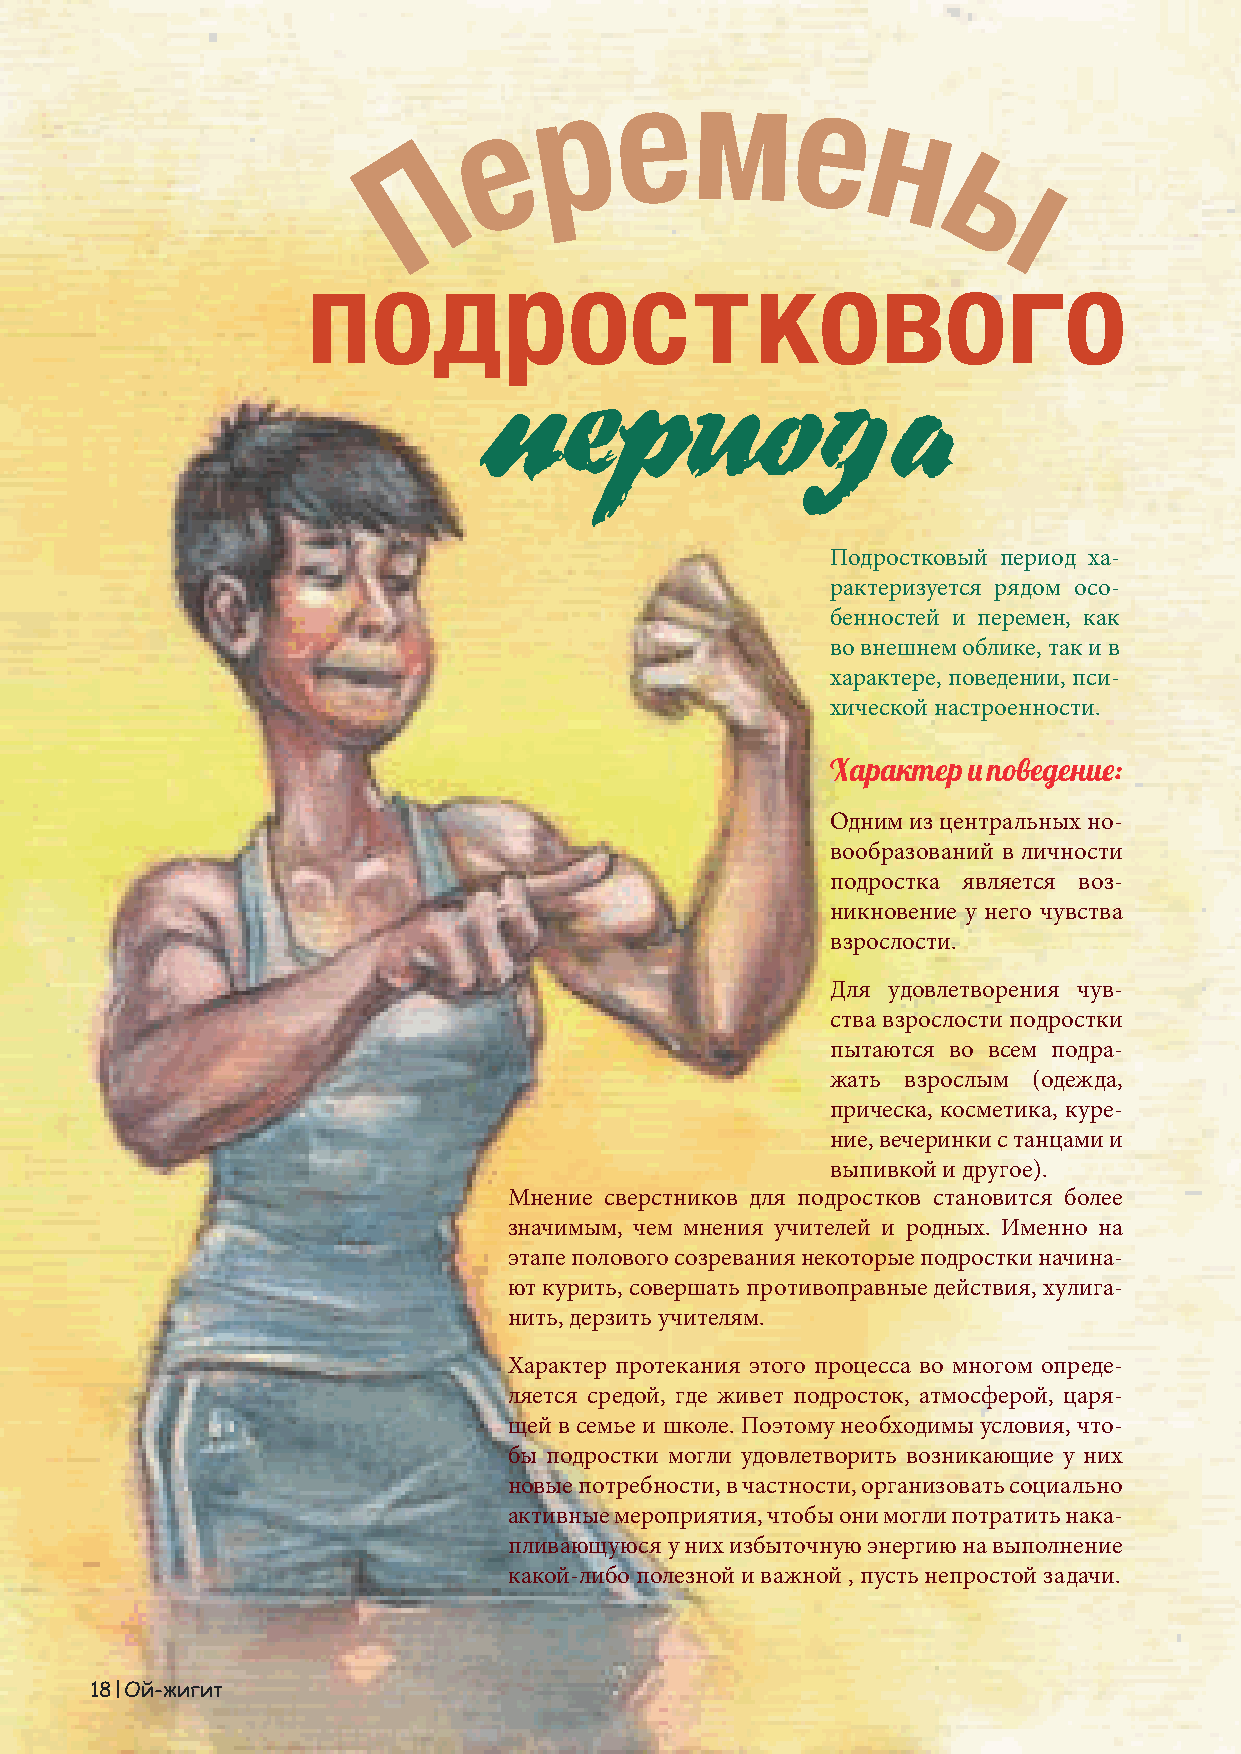
Подростковый период ха-
 рактеризуется рядом осо-
 бенностей и перемен, как
 во внешнем облике, так и в
 характере, поведении, пси-
 хической настроенности.
 Характер и поведение:
 Одним из центральных но-
 вообразований в личности
 подростка является воз-
 никновение у него чувства
 взрослости.
 Для удовлетворения чув-
 ства взрослости подростки
 пытаются во всем подра-
 жать взрослым (одежда,
 Внешний облик:
 прическа, косметика, куре-
 ние, вечеринки с танцами и
 В этот период в организме юноши начинают функцио-
 выпивкой и другое).
 нировать половые железы, которые выделяют в кровь
 Мнение сверстников для подростков становится более
 особые вещества – гормоны. Мужской половой гормон
 значимым, чем мнения учителей и родных. Именно на
 (тестостерон) чрезвычайно важен для развития орга-
 этапе полового созревания некоторые подростки начина-
 низма мальчика. Под действием этого гормона проис-
 ют курить, совершать противоправные действия, хулига-
 ходит развитие половых органов и перестройка всего
 нить, дерзить учителям.
 организма. Телосложение у ребят приобретает типич-
 ные мужские черты – широкие плечи и узкие бедра,
 Характер протекания этого процесса во многом опреде-
 рельефные мышцы груди и спины. Происходит скачок
 ляется средой, где живет подросток, атмосферой, царя-
 роста, голос становится ниже, происходит рост щито-
 щей в семье и школе. Поэтому необходимы условия, что-
 видного хряща, на лице пробиваются усы и борода, по-
 бы подростки могли удовлетворить возникающие у них
 являются угри.
 новые потребности, в частности, организовать социально
 активные мероприятия, чтобы они могли потратить нака-
 пливающуюся у них избыточную энергию на выполнение
 какой-либо полезной и важной , пусть непростой задачи.
 18 Ой-жигит                                                                                                                                    Ой-жигит 19